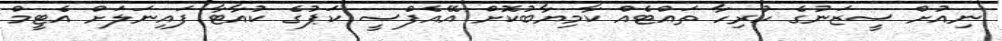
ނިއުށް ސީޒަނުގެ ހުރިހާ ތައްޓެއް ކާމިޔާބުކޮށް އޭއެފްސީ ކަޕުގެ ކުއާޓާ ފައިނަލަށް އެޓީމް